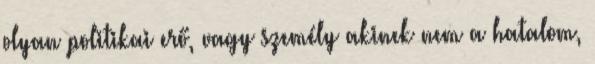
olyan politikai erő, vagy személy akinek nem a hatalom,